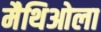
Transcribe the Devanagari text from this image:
मैथिओला